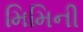
મિમિની